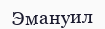
Эмануил